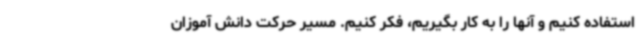
استفاده کنیم و آنها را به کار بگیریم، فکر کنیم. مسیر حرکت دانش آموزان